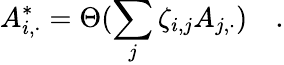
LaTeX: A_{i,\cdot}^{\ast}=\Theta(\sum_{j}\zeta_{i,j}A_{j,\cdot})\quad.